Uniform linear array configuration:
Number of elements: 32
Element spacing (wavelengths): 0.5
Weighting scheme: blackman
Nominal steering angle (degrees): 15
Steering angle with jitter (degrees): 13.372
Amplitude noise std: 0.05
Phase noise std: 0.05

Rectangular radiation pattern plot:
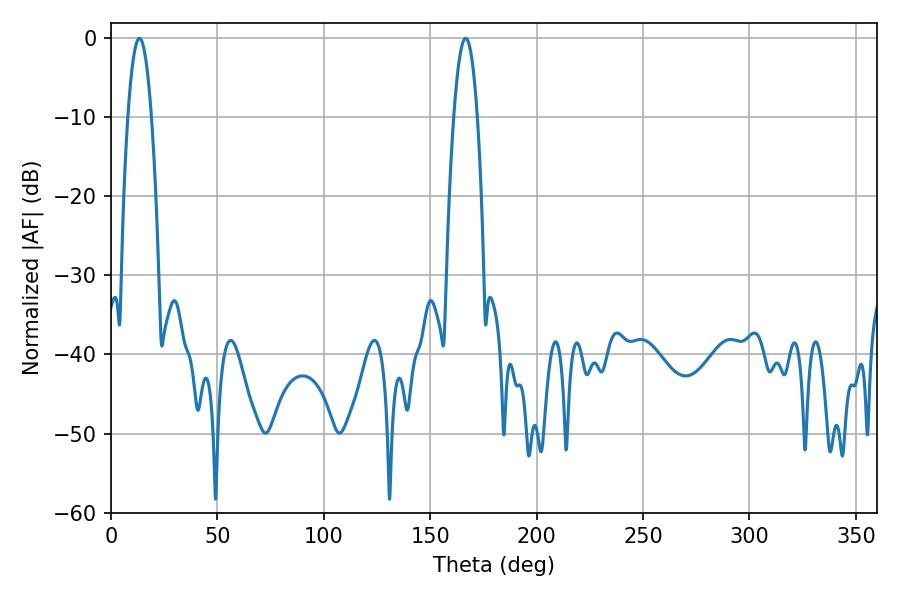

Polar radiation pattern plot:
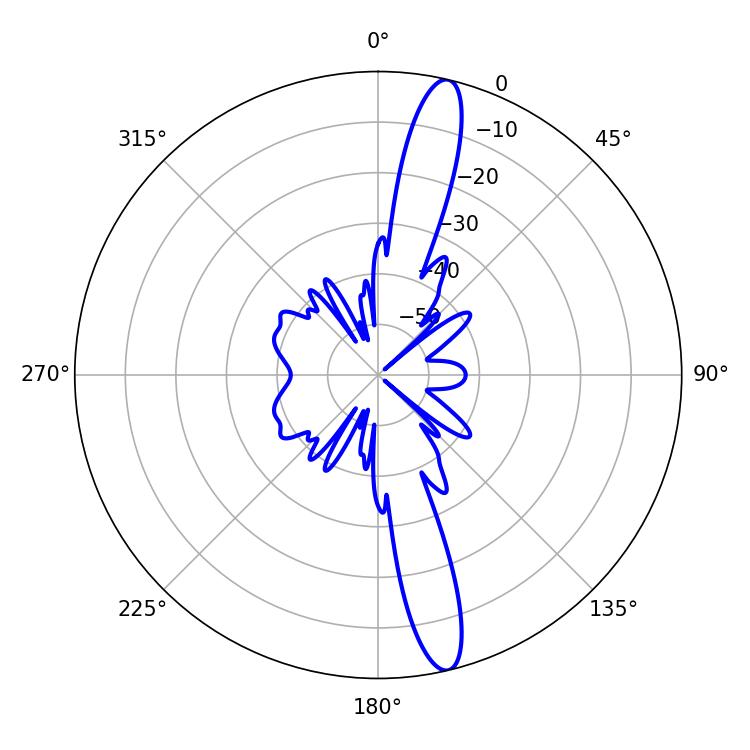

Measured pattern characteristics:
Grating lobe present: FALSE
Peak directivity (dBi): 15.76
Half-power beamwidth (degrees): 6.12
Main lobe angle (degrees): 13.32